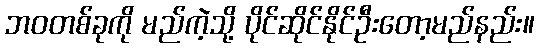
ဘဝတစ်ခုကို မည်ကဲ့သို့ ပိုင်ဆိုင်နိုင်ဦးတော့မည်နည်း။